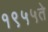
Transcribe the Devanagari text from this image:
१९५५ते